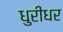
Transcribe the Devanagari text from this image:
धुरीधर